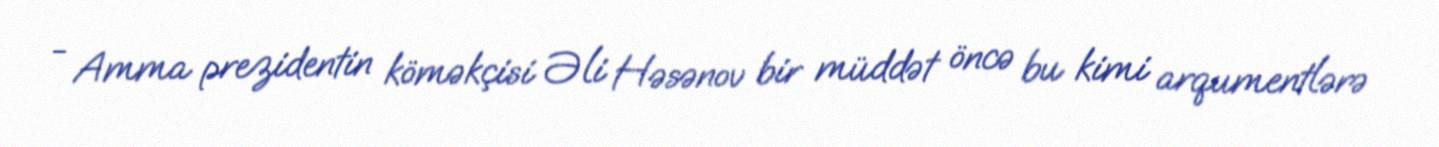
- Amma prezidentin köməkçisi Əli Həsənov bir müddət öncə bu kimi arqumentlərə